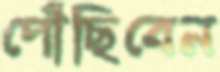
পৌঁছিবেন